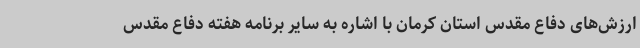
ارزش‌های دفاع مقدس استان کرمان با اشاره به سایر برنامه هفته دفاع مقدس